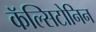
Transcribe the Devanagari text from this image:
कॅल्सिटोनिन